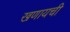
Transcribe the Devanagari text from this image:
खणायची